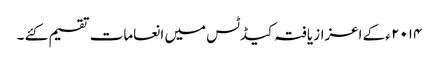
۲۰۱۴ ء کے اعزاز یافتہ کیڈٹس میں انعامات تقسیم کئے ۔